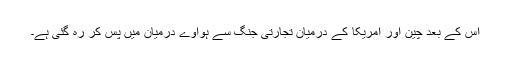
اس کے بعد چین اور امریکا کے درمیان تجارتی جنگ سے ہواوے درمیان میں پس کر رہ گئی ہے۔